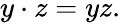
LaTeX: y\cdot z=yz.